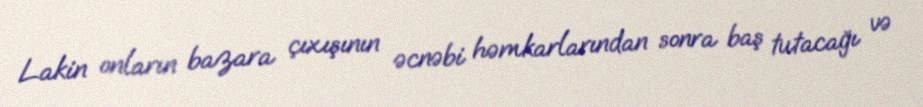
Lakin onların bazara çıxışının əcnəbi həmkarlarından sonra baş tutacağı və